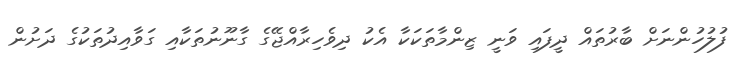
ފުލުހުންނަށް ބާރުތައް ދީފައި ވަނީ ޒިންމާތަކަކާ އެކު ދިވެހިރާއްޖޭގެ ގާނޫނުތަކާއި ގަވާއިދުތަކުގެ ދަށުން